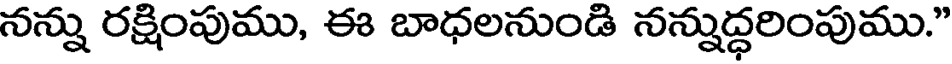
నన్ను రక్షింపుము, ఈ బాధలనుండి నన్నుద్ధరింపుము."